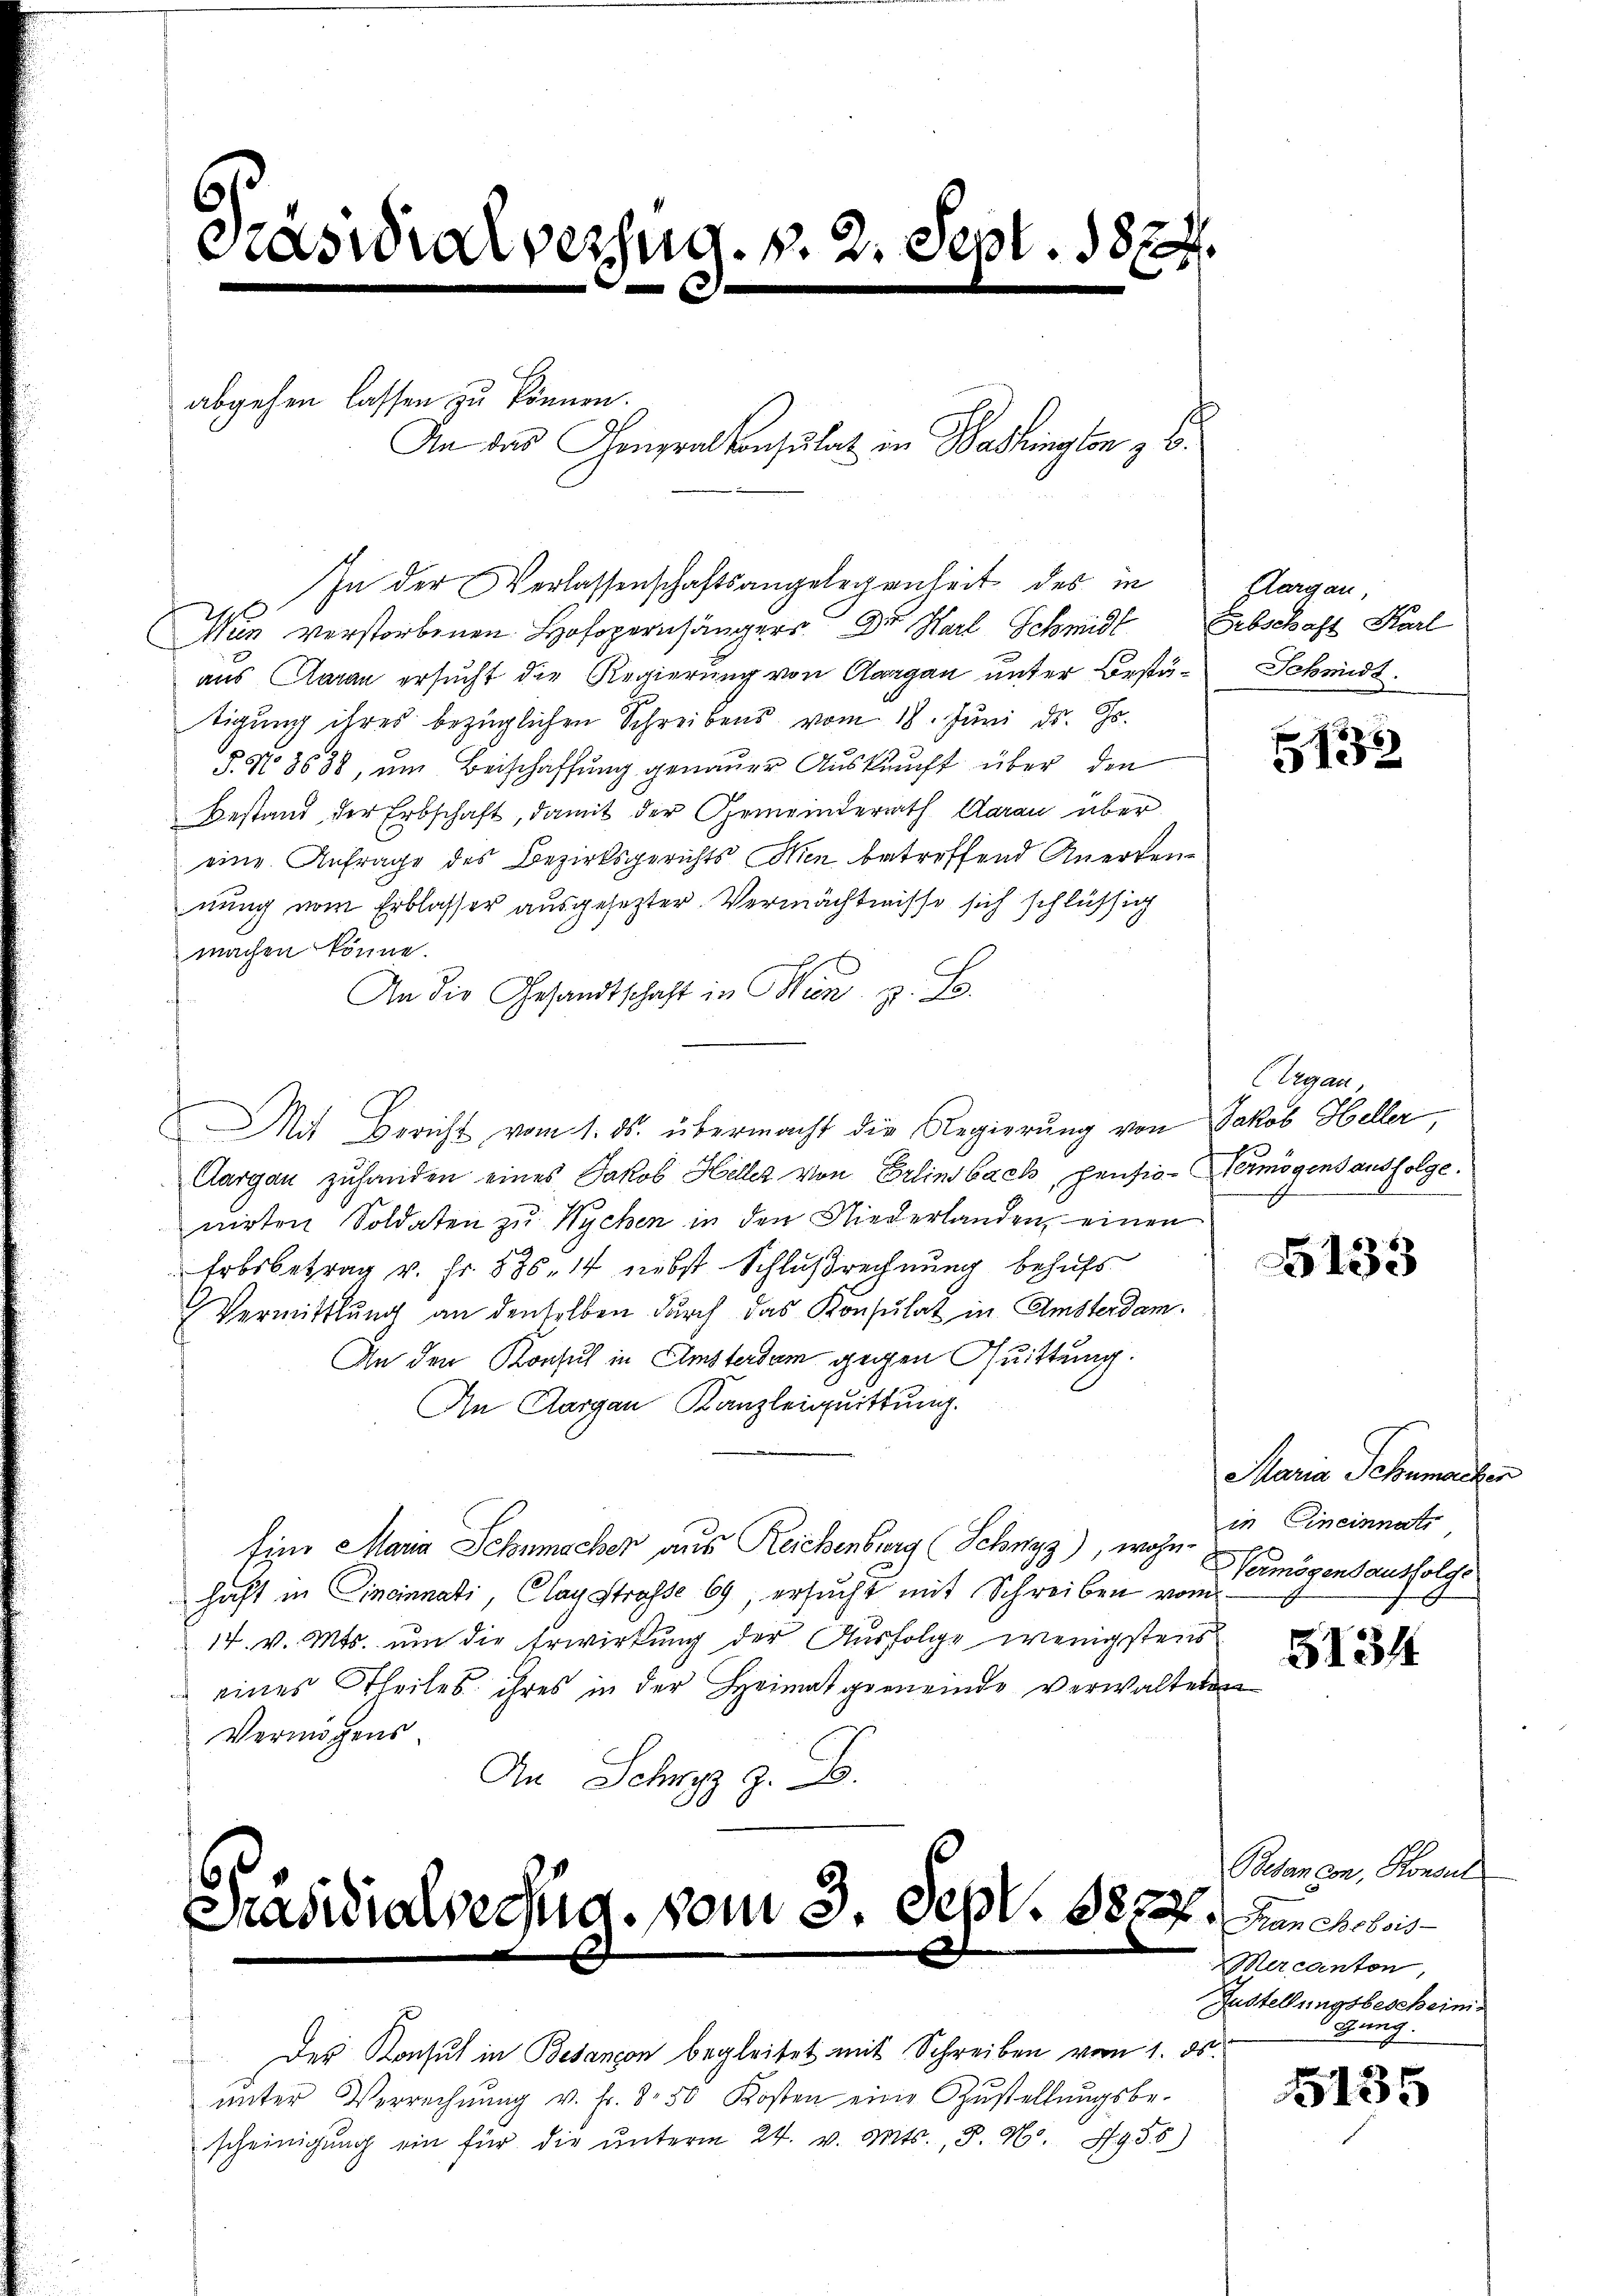
asialverzug. v. 2. Sept. 1874.
c

An das Congral Consulat in Washington z. B.

Präsidialvegud. vom 3. Sept. 8827.
s

abgehen lassen zu können.

Nur verstorbenen Hofopernhängers Dr Harl Schmidl Erbschaft Karl
aus Aarau ersucht die Regierung von Aargau unter Bestä-Schmidt.
tigung ihres bezüglichen Schreibens vom 18. Juni d. Js.
§. No. 8638, um Beschaffung genauer Auskunft über den
Bestand der Erbschaft, damit der Gemeinderrath darau über
eine Anfrage des Bezirksgerichts Wien betreffend Anerkennung vom Erblasser ausgesezter Vermächtnisse sich schlüssig
machen könne.
An die Gesandtschaft in Mans. z. B.
Mit Bericht vom 1. ds. übermacht die Regierŭng von Jakob Heller
Aargau zuhanden eines Jakob Heller von Erlinsbach, pensio-Vermögensausfolge.
nirten Soldaten zu Wychen in den Niederlanden, einen
Erbsbetrag v. Fr. 835. 14 nebst Schlußrechnung behufs
Vermittlung an denselben durch das Konsulat in Amsterdam.
An den Konsul in Amsterdam gegen Quittung.
An Aargau Kanzleiquittung.
fino Maria Schumacher aus Reichenburg (Schwyz), wohn-
haft in Cincinnati, Clag strasse 69, ersucht mit Schreiben vom
14. v. Mts. um die Erwirkung der Ausfolge wenigstens
eines Theiles ihres in der Heimatgemeinde verwalteten
Vermögens.
An Schwyz z. B.

In der Verlassenschaftsangelegenheit des in Horgen,

Der Konsul in Besançon begleitet mit Schreiben vom 1. ds.
ŭnter Verrechnŭng v. fr. 8.50 Kosten eine Zŭstellŭngsbe-
scheinigŭng ein für die ŭnterm 24. v. Mts., S. Nr. 935)

5132

Ergan,

5133

Maria Schumacher
in Eineinnats
Vermögensausfolge

5134

Betan con, Honor
Franche bois
Macanton,
Zustellungsbescheini
Gang.

5135